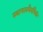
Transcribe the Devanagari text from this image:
स्थापत्यशैलींपैकी